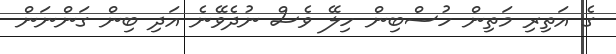
ގެ އަތިރި މަތިން ހުސްބިން ހިލޭ ވެސް ނުދެވޭނެ އަދި ބިން ގަންނަން